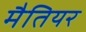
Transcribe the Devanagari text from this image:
मैतियर